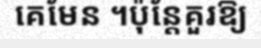
គេមែន ។ប៉ុន្តែគួរឱ្យ